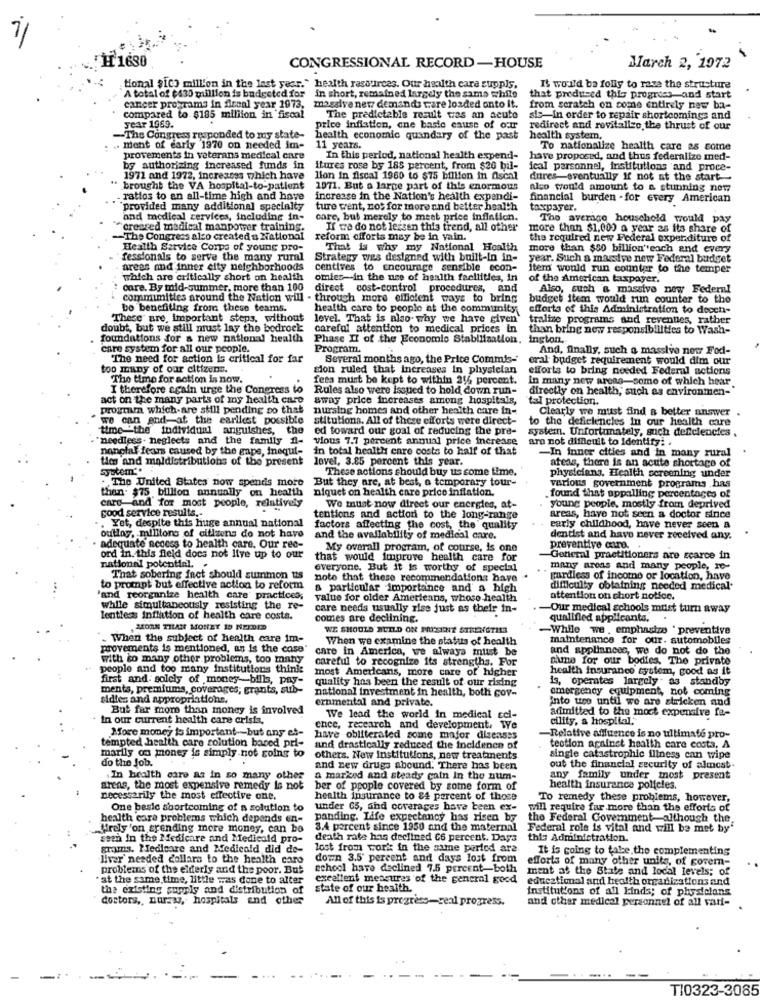
H 1680
CONGRESSIONAL RECORD-HOUSE
March 2, 1972
tional $1C3 million in the last year." health rasoirces. Our health care suppls.
It would ba folly to rase the structure
A total of $430 million is budgeted for in short, remained largely the same while
that produ-ed thie progress and start
cancer programs in ficanl year 1973.
massive new demands tare loaded onto it. from scratch on come entirely new ba-
compared to $185 million in fiscal
The predictable result was an acute
sis-in order to repair shortcomings and
year 1969.
price inflation, one basic cause of our
redirect and revitalleo, the thrust of our
-The Congress responded to my state-
health economic quandary of the past
health systern,
. Ment of early 1970 on needed im-
11 years.
To nationalize health care as some
provements in veterans medical care
In this period, national health expend-
have proposed, and thus federalize med-
by authorizing increased funds in
itures rose by 185 percent, from $20 bil-
ical parsonnel, institutions and proce-
1971 and 1972, Increases which have
lion In fiscal 1960 to $75 billion in fiscal
dures-eventually if not at the start --
brought the VA hospital-to-patient
1971. But a large part of this enormous
also would amount to & stunning new
- ratios to an all-time high and have
increase in the Nation's health expendi-
financial burden - for every American
provided many additional specialty
ture went, nos for more and better health
taxpayer.
and medical services, including in-
care, but merely to meet price infintion.
The average household would pay
creared medical manpower training.
If we do not lezsen this trend, all other
more than $1,000 a year 2s its share of
-The Congress also created a National
reform cfforts may be in vain.
the required new Federal expenditure of
Health Service Corps of young pro-
That is why my National Health
more than $50 billion"each and every
fessionals to serve the many rural
Strategy wes designed with built-in in-
year. Such a massive new Federal budget
areas and inner city neighborhoods
centives to Encourage sensible econ-
itern would run counter to the temper
which are critically short on health
omies-in the use of health facilities, in
of the American taxpayer.
care. By mid-summer, more than 100
direct cost-control procedures, and
Also, such a massive now Federal
commimities around the Nation will - through more efficient ways to bring
budget item would run counter to the
bo benefiting from these teams.
health care to people at the community
efforts of this Administration to decch-
These are, Important steps, without
level. That is also- why we have given
tralize programs and reventies, rather
doubt, but we still must lay the bedrock:
careful attention to medical prices In
than bring new responsibilities to Wash-
foundations for a new national health
Phase If of the Economic Stabilization, ington,
care system for all our people.
Program.
And, finally, such a massive news Fod-
The need for action is critical for far
Several months ago, the Price Commis-
eral budget requirement would dim our
too many of our citizens.
sion ruled that increases in physician
efforts to bring needed Federal actions
The time for action Is now.
fees must be kept to within 216 percent.
In many new areas-some of which hear
I therefore scain urge the Congress to
Rules also were issued to hold down run-
directly on health, such as environmen-"
act on the many parts of my health care
away price increases among hospitals,
tal protection.
program which-are still pending so that
nursing homes and other health care in-
Clearly we must find a better answer
we can and-at the earliest possible
stitutiona. All of these efforts were direct-
to the deficiencies in our health care
time "the individual anguishes,
the
ed toward our goal of reducing the pre-
system. Unfortunately, such deficiencies
"needless - neglects and the family fl-
vious 7.7 percent annual price increase
are not difficult to Identify: .
nonclal fears caused by the gape, inequi- in total health care costs to half of that
in total health care costs to half of that
In inner cities and in many rural
ties and maldistributions of the present
lovel, 3.85 percent this year.
atens, there is an acute shortage of
System **
These actions should buy us some time.
physicians. Health screening under
. The United States now spends more
But they are, at best, a temporary tour-
then. $75 billion annually on health
niquet on health care price inflation.
various government programs has
found that appalling percentages of
good service results .-
caro-and for most people, relatively
We must now direct our energies, at-
young people, mostly from deprived
Yet, despite this huge annual national
tentions and action to the long-range
areas, have not seen a doctor since
factors affecting the cost, the quality
early childhood, have never seen a
outlay, millions of citizens do not have
and the availability of medical care.
dentist and have never received any,
adequate access to health care. Our ree-
My overall program, of course, is one
preventive care.
ord in. this field does not live up to our
that would Improve health care for
General practitioners are scarce in
national potential. .
everyone. But it is worthy of special
many areas and many people, re-
That sobering inet should summon us
note that these recommendations have
gardless of income or location, have
to prompt but effective action to reform
a particular importance and a high
difficulty obtaining needed medical'
'and reorganize health care' practices;
value for older Americans, whose health
attention on short notice.
while simultaneously resisting the re-
care needs usually rise just as their in-
Our medical schools must turn away
lentless Inflation of health care costs.
comes are declining.
qualified applicants.
MOA8 TILAM MONEY I NEEDED
WE SHOULD BUILD ON PRISINE STRENGTILE
-While we . emphasize " preventive
. When the subject of health care im-
When we examine the statuts of health
maintenance for our. automobiles
provements is mentioned, as is the case'
care in America, we always must be
and appliances, we do not do the
with so many other problems, too many
careful to recognize its strengths, For
pime for our bodies. The private
people and too many Institutions thinks
most Americans, more care of higher
health insurance system, good as it
first and: solely of money-bills, pay-
quality hos been the result of our rising
13, operates largely - as standby
ments, premiums, coverages; grants, sub-
national investment in health, both cov-
emergency equipment, not coming
sidies and appropriations.
ernmental and private.
Into urs until we are stricken and
But far more than money is involved
admitted to the most expensive fa-
in our current health care crista,
We lead the world in medical sci
cility, a hospital,
More money is important-but any es-
ence, research and development, We
have obliterated some major diseases
-Relative affluence is no ultimate pro-
tempted health care solution based pri-
und drastically reduced the incidence of
tection arninet health care costa, A
marily om poney is simply not going to
do the Job.
others. New Institutions, new treatments
single catastrophic illness can wipe
and zew drugs abound. There has been
out the financial security of almost.
.In health care as in so many other
a marked and steady cain In the num-
any family under most present
arens, the most expensive remedy Is not
ber of people covered by some form of
health insurance policies.
necessarily the most effective one.
health insurance to 84 percent of those
To remedy these problems, however,
One basic shortcoming of a solution to
under 65, and coverages have been ex-
will require far more than the efforts of
health care problems which depends en-
panding. Life expectancy has risen by
the Federal Government-although the.
frely 'on spending more money, can be
3.4 percent since 1950 and the maternal
Federal role is vital and will be met by"
seen in the Medicare and Medicald pro-
death rate has declined 66 percent. Days
this Administration.
grams. Medicare and Medicald did de-
lost from work in the same period are
It is going to take the complementing
liver' needed collars to the health care
down 3.5 percent and days lost from
efforts of many other units, of govern-
problems of the elderly and the poor. But
school have declined 7.5 percent-both
ment at the State and local levels; of
at the same time, little was done to alter
exeallent measures of the general good
educational and health organizations and
the existing styly and distribution of
state of our health.
institutions of all kinds; of physicians
doctors ,, nurzas, hospitals and other
All of this is progress-real progress.
and other medical personnel of all var-
TI0323-3085